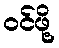
ဝင်ဖို့